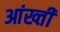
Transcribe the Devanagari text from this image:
आंख्ती